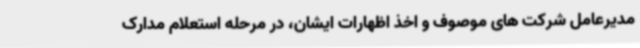
مدیرعامل شرکت های موصوف و اخذ اظهارات ایشان، در مرحله استعلام مدارک